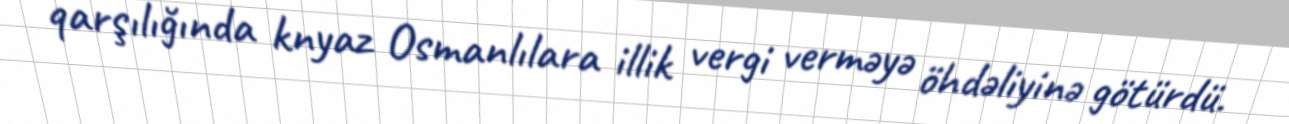
qarşılığında knyaz Osmanlılara illik vergi verməyə öhdəliyinə götürdü.